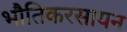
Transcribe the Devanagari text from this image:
भौतिकरसायन